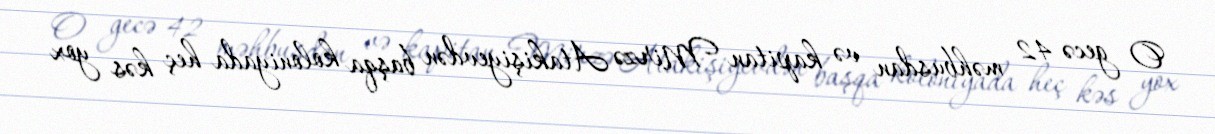
O gecə 42 məhbusdan və kapitan Mirzə Atakişiyevdən başqa koloniyada heç kəs yox